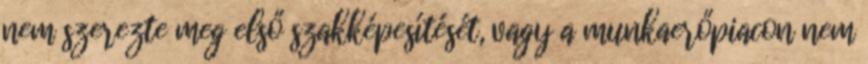
nem szerezte meg első szakképesítését, vagy a munkaerőpiacon nem